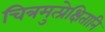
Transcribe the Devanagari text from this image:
चित्रमुत्प्रेक्षितानि